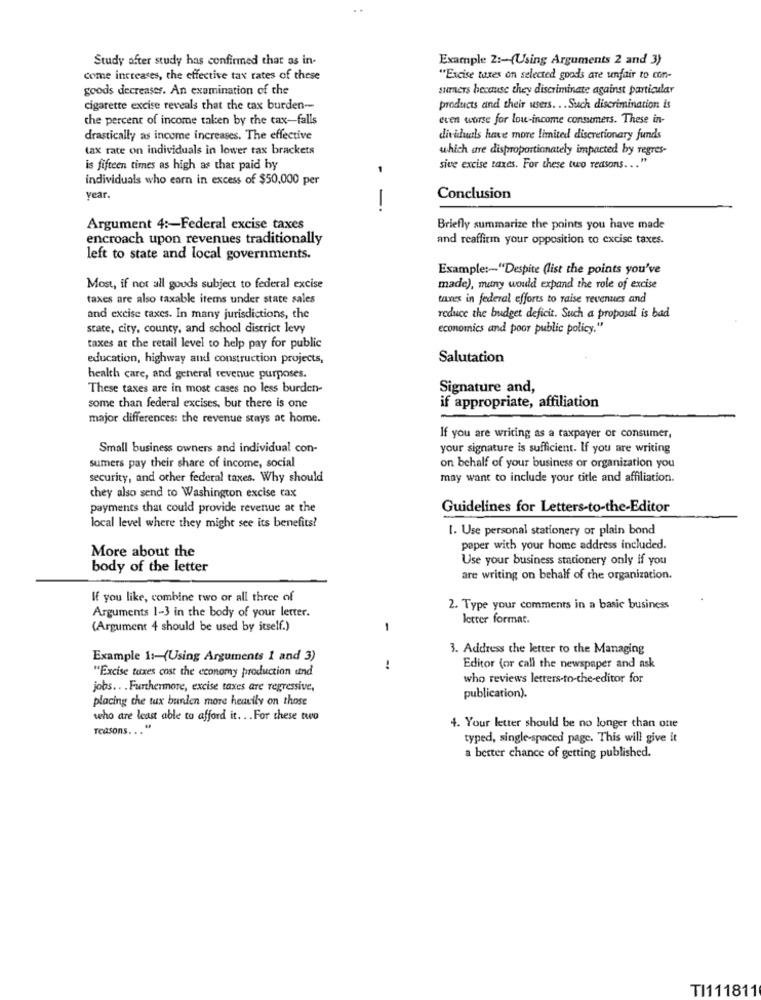
Study after study has confirmed that as in-
Example 2 :- (Using Arguments 2 and 3)
come increases, the effective tax rates of these
"Excise taxes on selected goods are unfair to con-
goods decreaser. An examination of the
surners because they discriminate against particular
cigarette excise reveals that the tax burden-
products and their users. . . Such discrimination is
the percent of income taken by the cax-falls
even worse for lou-income consumers. These in-
drastically as income increases. The effective
dividuals have more limited discretionary funds
tax rate on individuals in lower tax brackets
which are disproportionately impacted by regres-
is fifteen times as high as that paid by
-
sive excise taxes. For these two reasons ...
individuals who earn in excess of $50,000 per
year.
Conclusion
-.
Argument 4 :- Federal excise taxes
Briefly summarize the points you have made
encroach upon revenues traditionally
and reaffirm your opposition to excise taxes.
left to state and local governments.
Example :- "Despite (list the points you've
Most, if not all gouds subject to federal excise
made), many would expand the role of excise
taxes are also taxable items under state sales
taxes in federal efforts to raise revenues and
and excise taxes. In many jurisdictions, the
reduce the budget deficit. Such a proposal is bad
state, city, county, and school district levy
economics and poor public policy."
taxes at the retail level to help pay for public
education, highway and construction projects,
Salutation
health care, and general revenue purposes.
These taxes are in most cases no less burden-
Signature and,
if appropriate, affiliation
some than federal excises, but there is one
major differences: the revenue stays at home.
If you are writing as a taxpayer or consumer,
Small business owners and individual con-
your signature is sufficient. If you are writing
sumers pay their share of income, social
on behalf of your business or organization you
security, and other federal taxes. Why should
may want to include your title and affiliation.
they also send to Washington excise tax
payments that could provide revenue at the
Guidelines for Letters-to-the-Editor
local level where they might see its benefits?
1. Use personal stationery or plain bond
More about the
paper with your home address included.
Use your business stationery only if you
body of the letter
are writing on behalf of the organization.
If you like, combine two or all three of
Arguments 1-3 in the body of your letter.
2. Type your comments in a basic business
letter format.
(Argument 4 should be used by itself.)
1
3. Address the letter to the Managing
Example 1 :- (Using Arguments 1 and 3)
"Excise taxes cost the economy production und
!
Editor (or call the newspaper and ask
who reviews letters-to-the-editor for
jobs .. . Furthermore, excise taxes are regressive,
placing che tux bunden more heavily on those
publication).
who are least able to afford it. . . For these two
reasons ... "
4. Your letter should be no longer than one
typed, single-spaced page. This will give it
a better chance of getting published.
TI111811